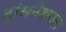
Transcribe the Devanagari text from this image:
ट्रांसनैशनल